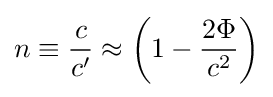
n\equiv {c \over c'}\approx \left(1-{2\Phi  \over c^{2}}\right)